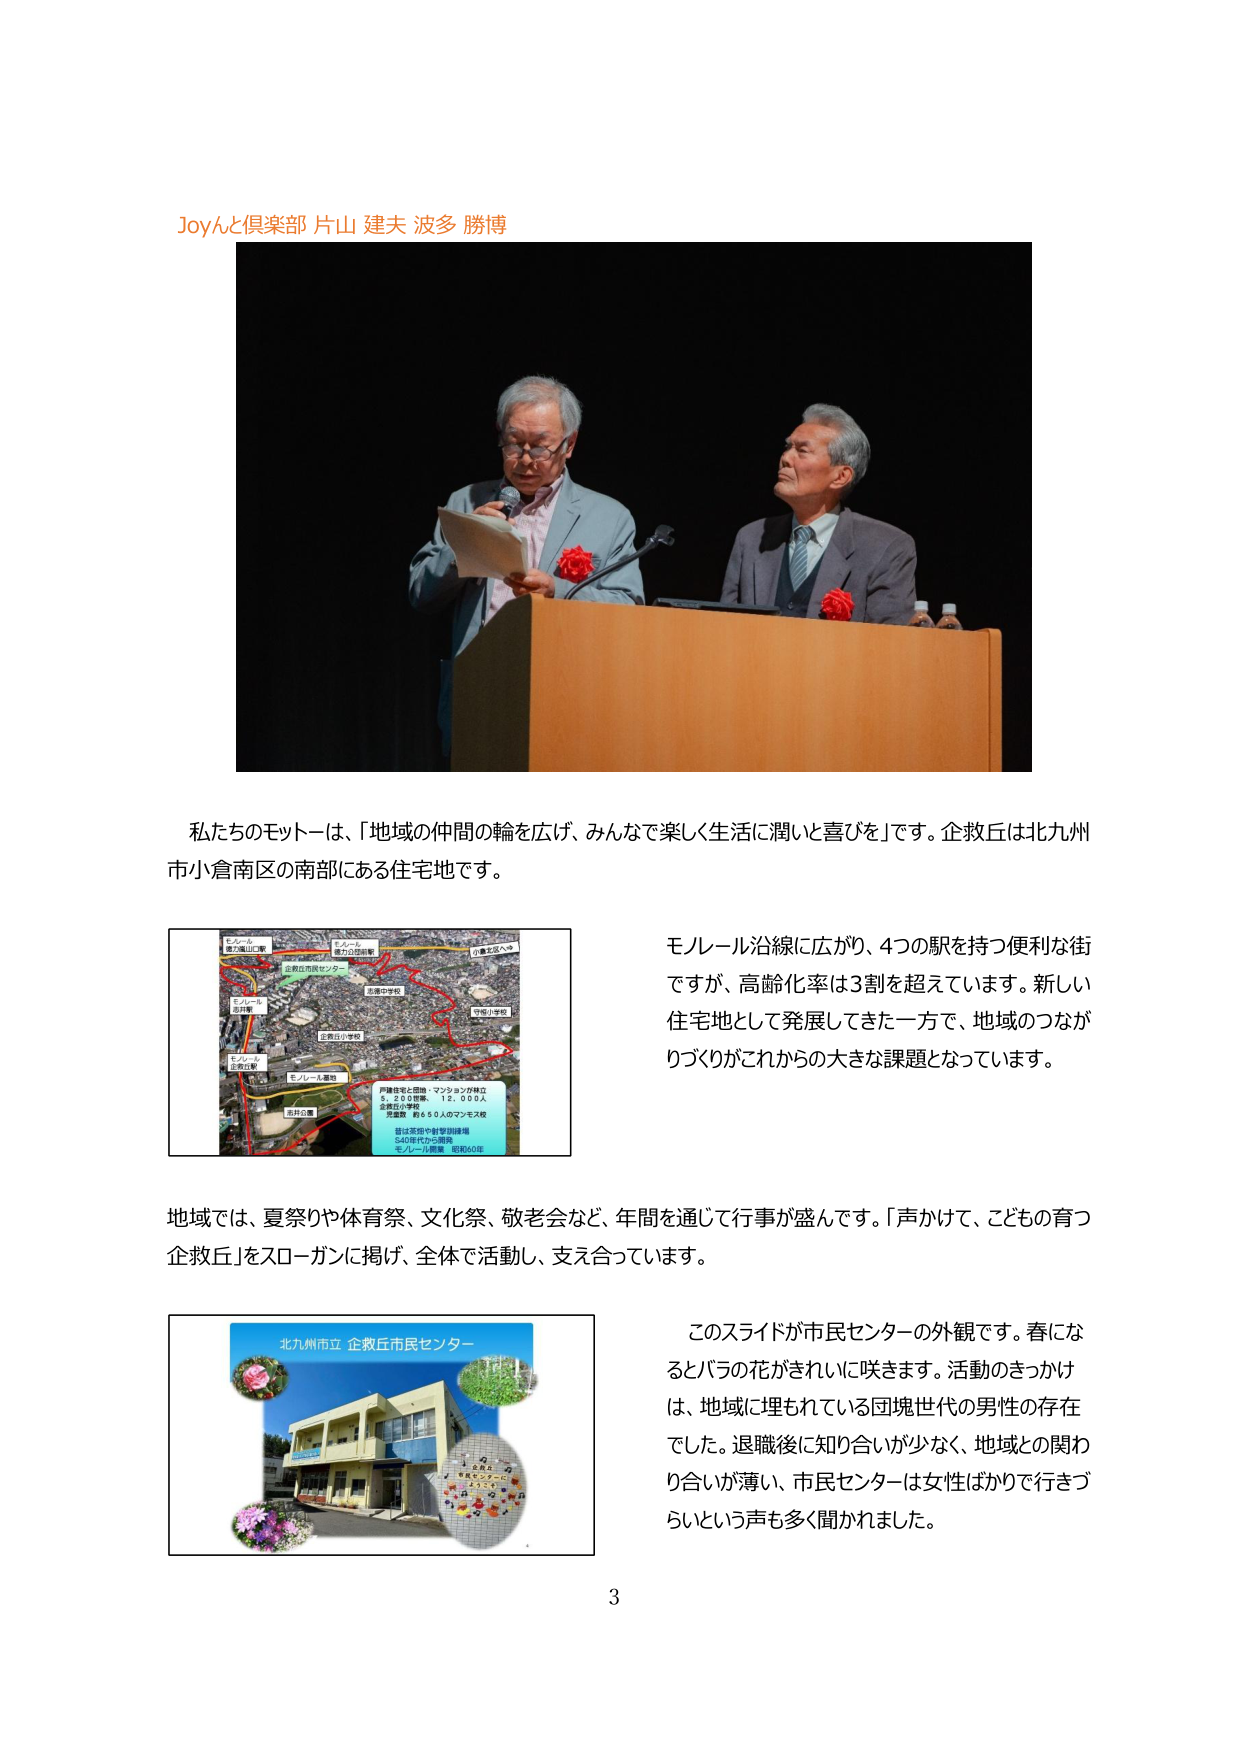
Joyんと倶楽部 片山 建夫 波多 勝博

私たちのモットーは、「地域の仲間の輪を広げ、みんなで楽しく生活に潤いと喜びを」です。企救丘は北九州市小倉南区の南部にある住宅地です。

モノレール沿線に広がり、4つの駅を持つ便利な街ですが、高齢化率は3割を超えています。新しい住宅地として発展してきた一方で、地域のつながりづくりがこれからの大きな課題となっています。

地域では、夏祭りや体育祭、文化祭、敬老会など、年間を通じて行事が盛んです。「声かけて、こどもの育つ企救丘」をスローガンに掲げ、全体で活動し、支え合っています。

このスライドが市民センターの外観です。春になるとバラの花がきれいに咲きます。活動のきっかけは、地域に埋もれている団塊世代の男性の存在でした。退職後に知り合いが少なく、地域との関わり合いが薄い、市民センターは女性ばかりで行きづらいという声も多く聞かれました。

北九州市立 企救丘市民センター

モノレール
鹿児島本線
企救丘市民センター
市原中学校
市原小学校
モレール
西井町
モレール
西井町
モレール
西井町
モレール
西井町
戸建住宅と団地、マンションが林立
戸建住宅 15,000人
企救丘小学校
団地、約260人のマンション
昔は荒地や駐車場
540年代から開発
モノレール開業 昭和60年

3